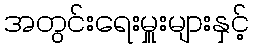
အတွင်းရေးမှူးများနှင့်